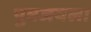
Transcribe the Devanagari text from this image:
पुत्रजयला